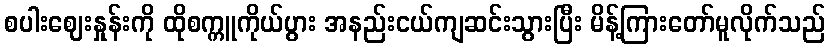
စပါးဈေးနှုန်းကို ထိုစက္ကူကိုယ်ပွား အနည်းငယ်ကျဆင်းသွားပြီး မိန့်ကြားတော်မူလိုက်သည်